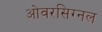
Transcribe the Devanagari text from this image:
ओवरसिग्नल